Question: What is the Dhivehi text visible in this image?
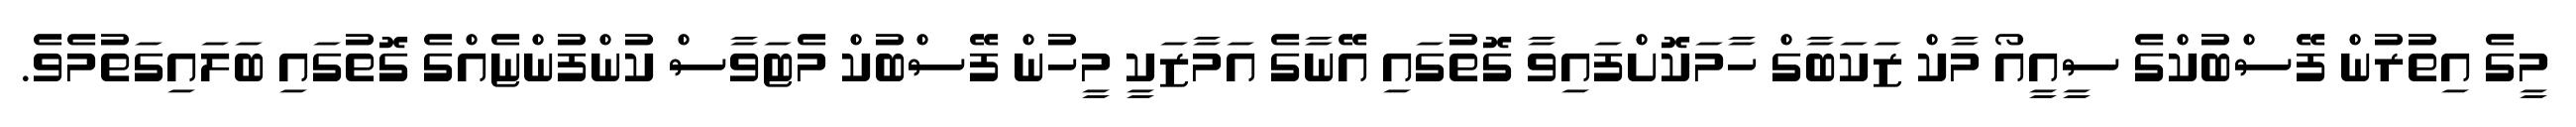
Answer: މީގެ އިތުރުން ފޭސްބުކްގެ ސީއީއޯ މާކް ޒަކަބާގް ހާމަކޮށްފައިވާ ގޮތުގައި އޭނާގެ އަމާޒަކީ މީހުން ފޭސްބުކް މެޓަވާސް ކުންފުންޏެއްގެ ގޮތުގައި ބަލައިގަތުމެވެ.